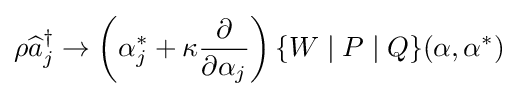
\rho {\widehat {a}}_{j}^{\dagger }\rightarrow \left(\alpha _{j}^{*}+\kappa {\frac {\partial }{\partial \alpha _{j}}}\right)\{W\mid P\mid Q\}(\mathbf {\alpha } ,\mathbf {\alpha } ^{*})